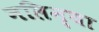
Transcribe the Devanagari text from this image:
नलिन्या